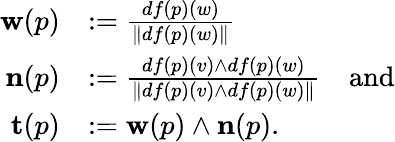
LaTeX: \begin{array}{rl}{\mathbf{w}(p)}&{:=\frac{df(p)(w)}{\| df(p)(w)\| }}\\ {\mathbf{n}(p)}&{:=\frac{df(p)(v)\wedge df(p)(w)}{\| df(p)(v)\wedge df(p)(w)\| }\quad\mathrm{and}}\\ {\mathbf{t}(p)}&{:=\mathbf{w}(p)\wedge\mathbf{n}(p).}\end{array}